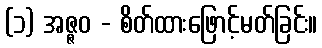
(၁) အဇ္ဇဝ - စိတ်ထားဖြောင့်မတ်ခြင်း။